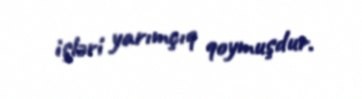
işləri yarımçıq qoymuşdur.